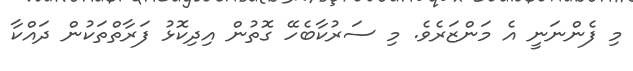
މި ފެންނަނީ އެ މަންޒަރެވެ. މި ސަރުކާބެހޭ ގޮތުން އިދިކޮޅު ފަރާތްތަކުން ދައްކާ